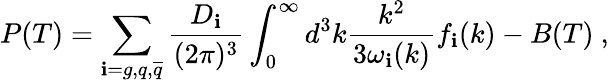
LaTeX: P(T)=\sum_{\mathbf{i}=g,q,{\overline{{{q}}}}}\frac{{D_{\mathbf{i}}}}{{(2\pi)^{3}}}\int_{0}^{\infty}d^{3}k\frac{{k^{2}}}{{3\omega_{\mathbf{i}}(k)}}f_{\mathbf{i}}(k)-B(T)\ ,